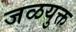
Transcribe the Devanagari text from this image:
जळयुक्त